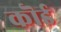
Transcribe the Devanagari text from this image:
कॊई